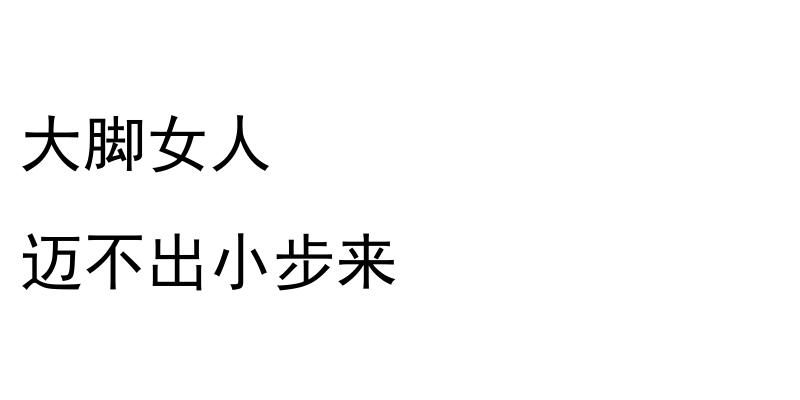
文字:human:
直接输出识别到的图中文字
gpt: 大脚女人 迈不出小步来